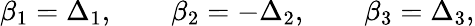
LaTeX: \beta_{1}=\Delta_{1},\qquad\beta_{2}=-\Delta_{2},\qquad\beta_{3}=\Delta_{3},